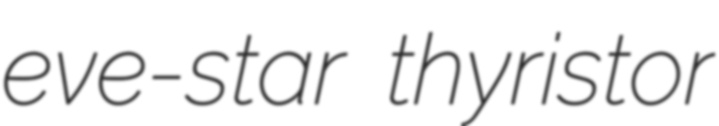
eve-star thyristor